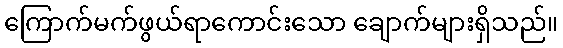
ကြောက်မက်ဖွယ်ရာကောင်းသော ချောက်များရှိသည်။